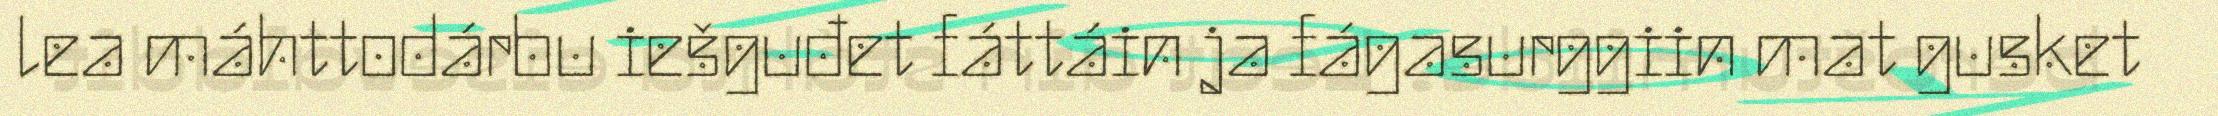
lea máhttodárbu iešguđet fáttáin ja fágasurggiin mat gusket